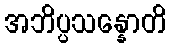
အဘိပ္ပသန္နောတိ